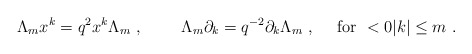
\begin{align*}\Lambda_m x^k=q^2x^k \Lambda_m~,~~~~~~~\Lambda_m\partial _k=q^{-2}\partial_k\Lambda_m~,~~~~{\rm for}~<0\vert k\vert\leq m~.\end{align*}